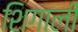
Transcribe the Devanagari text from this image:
शिगाली